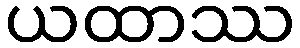
ယထာဿ